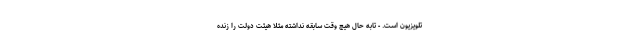
تلویزیون است. - تابه حال هیچ وقت سابقه نداشته مثلاً هیئت دولت را زنده